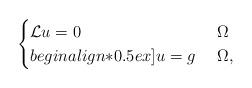
LaTeX: \begin{align*}\begin{cases}\mathcal{L} u = 0 & \ \Omega \\begin{align*}0.5ex]u = g & \ \Omega,\end{cases}\end{align*}